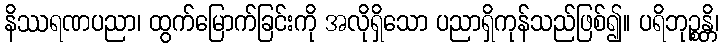
နိဿရဏပညာ၊ ထွက်မြောက်ခြင်းကို အလိုရှိသော ပညာရှိကုန်သည်ဖြစ်၍။ ပရိဘုဉ္စန္တိ၊